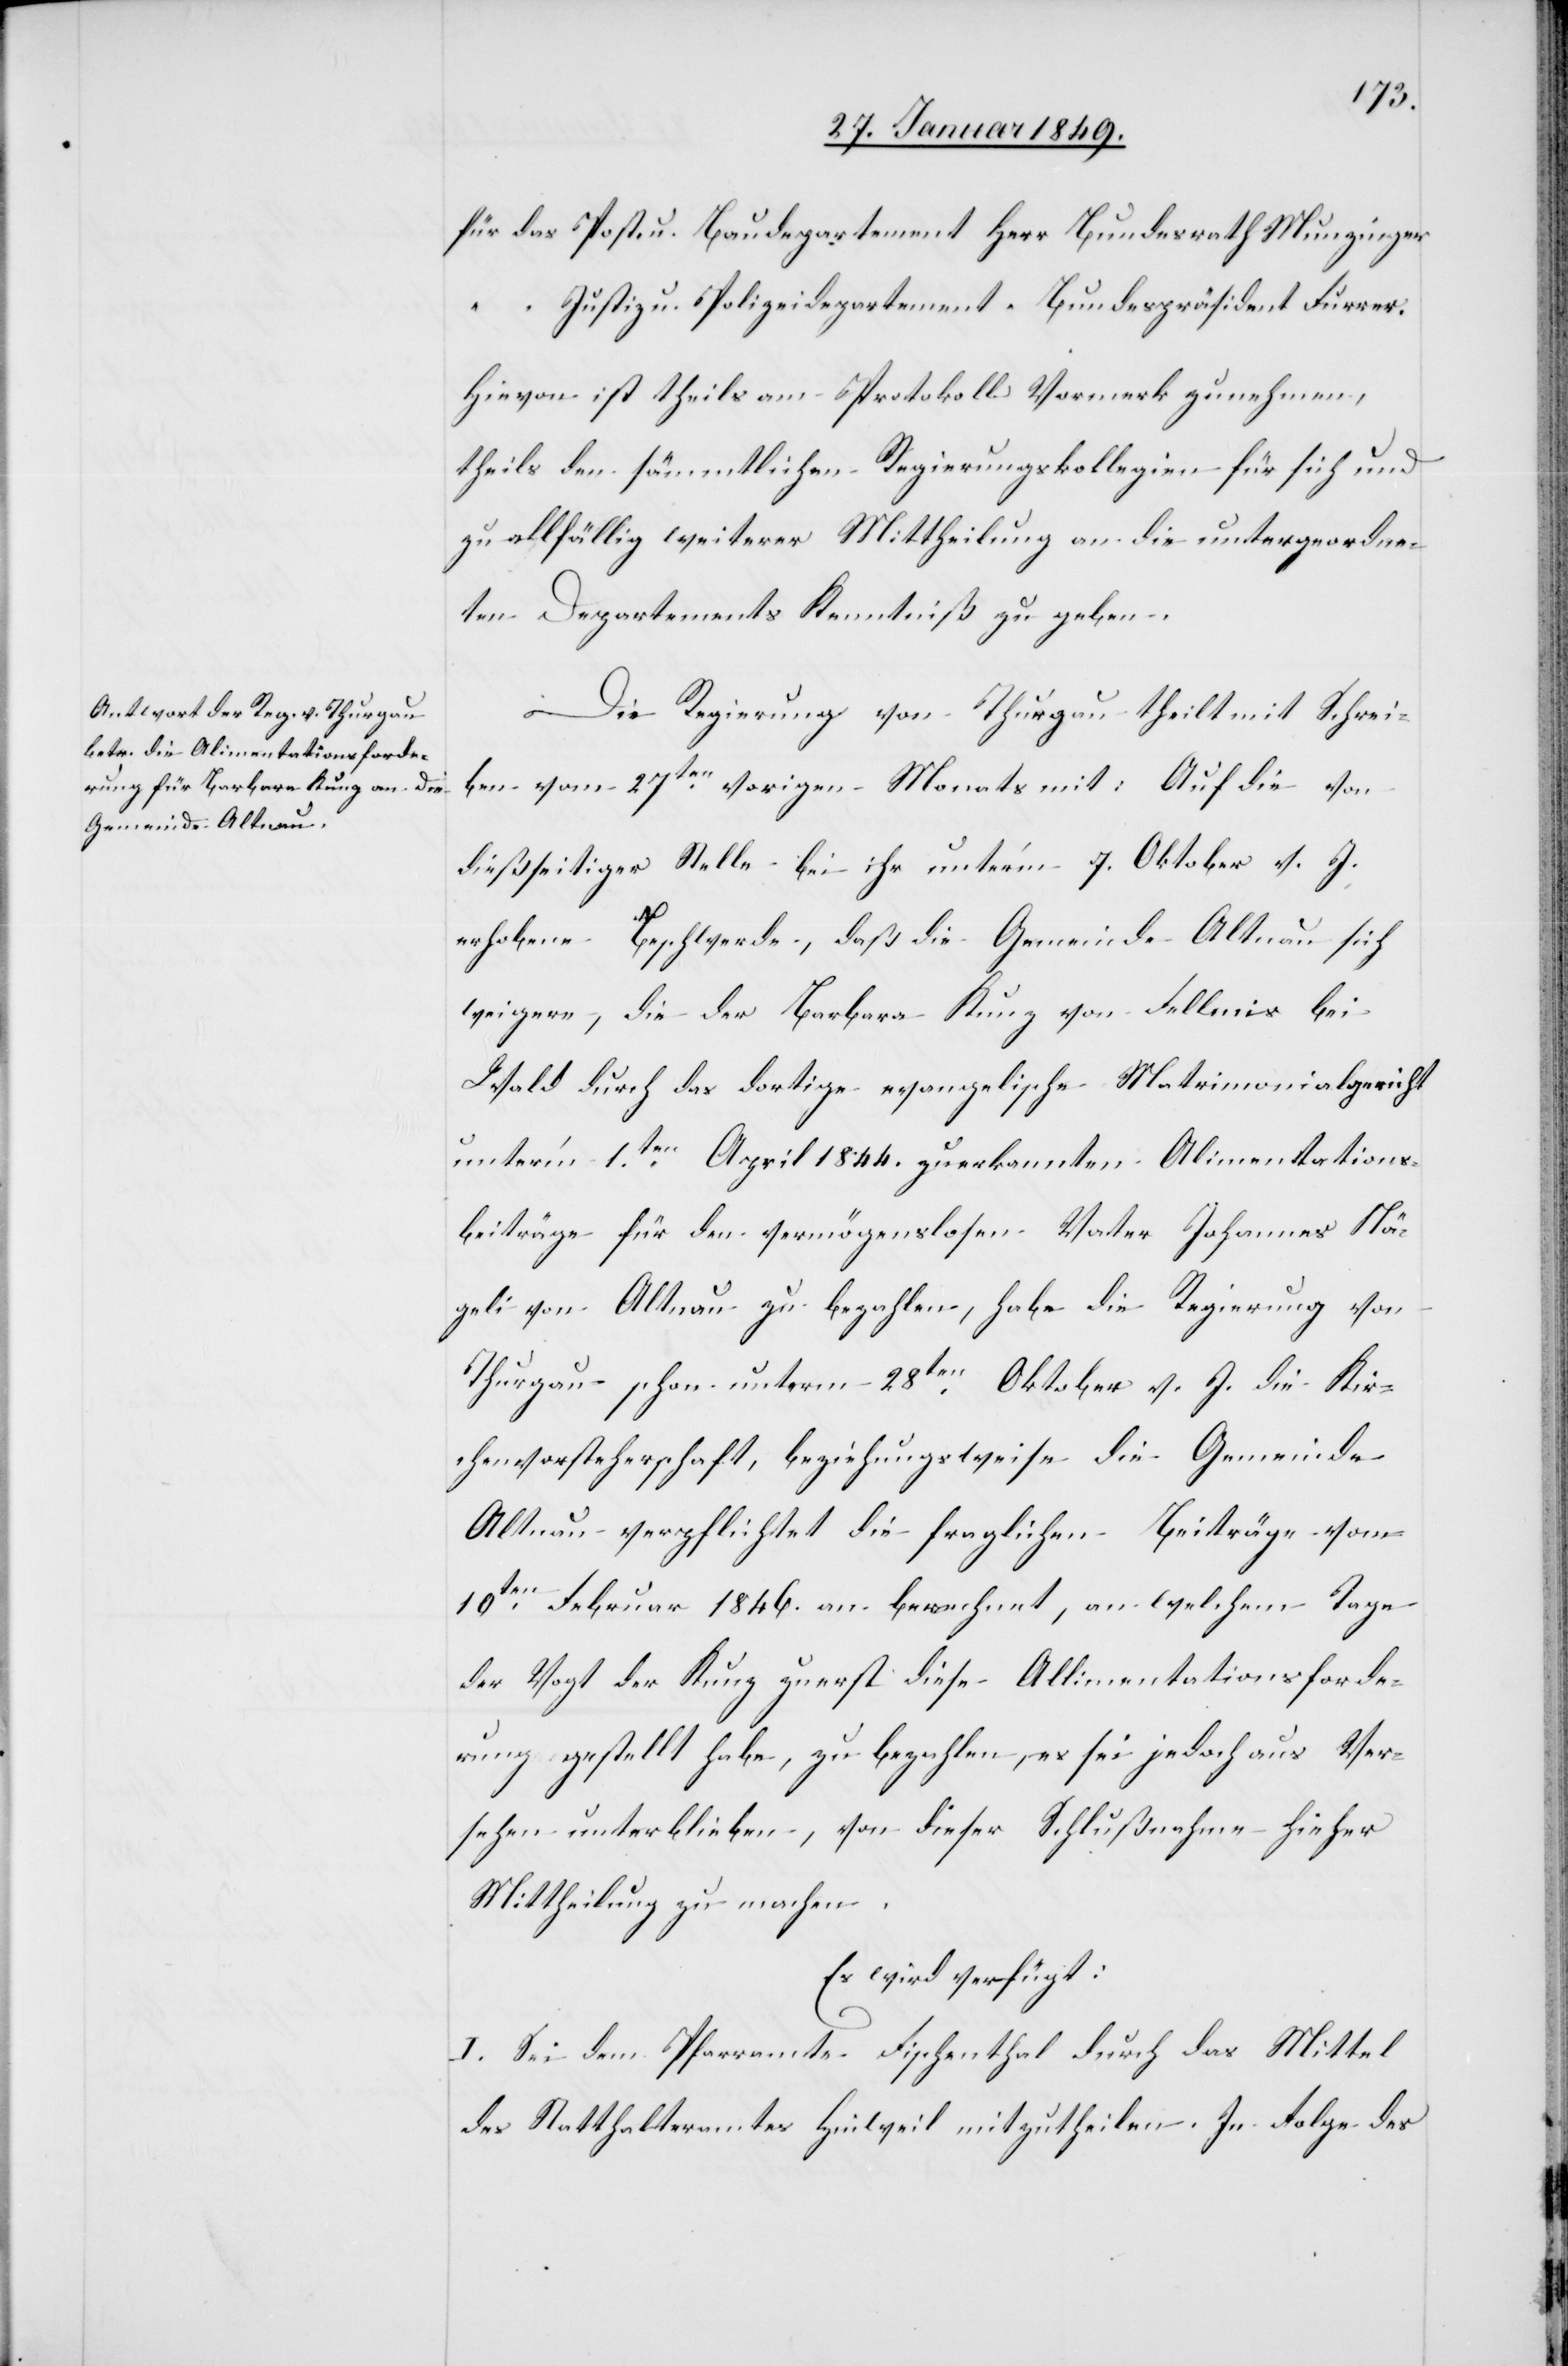
für das Post- u. Baudepartement	Herr Bundesrath Munzinger
“ “ Justiz u. Polizeidepartement	 “ Bundespräsident Furrer.
Hievon ist theils am Protokoll Vormerk zu nehmen,
theils den sämmtlichen Regierungskollegien für sich und
zu allfällig weiterer Mittheilung an die untergeordne¬
ten Departements Kenntniß zu geben.
Die Regierung von Thurgau theilt mit Schrei¬
ben vom 27ten. vorigen Monats mit: Auf die von
dießseitiger Stelle bei ihr unter’m 7. Oktober v. J.
erhobene Beschwerde, daß die Gemeinde Altnau sich
weigere, die der Barbara Kunz von Fellmis bei
Wald durch das dortige evangelische Matrimonialgericht
unter’m 1ten. April 1844. zuerkannten Alimentations¬
beiträge für den vermögenslosen Vater Johannes Nä¬
geli von Altnau zu bezahlen, habe die Regierung von
Thurgau schon unterm 28ten. Oktober v. J. die Kir¬
chenvorsteherschaft, beziehungsweise die Gemeinde
Altnau verpflichtet die fraglichen Beiträge vom
10ten. Februar 1846. an berechnet, an welchem Tage
der Vogt der Kunz zuerst diese Allimentationsforde¬
rung gestellt habe, zu bezahlen, es sei jedoch aus Ver¬
sehen unterblieben, von dieser Schlußnahme hieher
Mittheilung zu machen.
Es wird verfügt:
I. Sei dem Pfarramte Fischenthal durch das Mittel
des Statthalteramtes Hinweil mitzutheilen. In Folge des